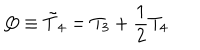
Q \equiv { \tilde { T } } _ { 4 } = T _ { 3 } + \frac { 1 } { 2 } T _ { 4 }